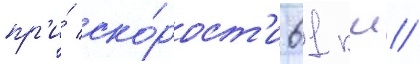
пр'и́ ско́рост'и 61 км/